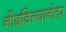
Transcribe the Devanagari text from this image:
नोंदविल्यानंतर